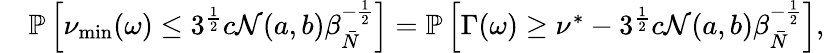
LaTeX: \begin{array}{rl}&{\mathbb{P}\left[\nu_{\operatorname*{min}}(\omega)\leq 3^{\frac{1}{2}}c\mathcal{N}(a,b)\beta_{\bar{N}}^{-\frac{1}{2}}\right]=\mathbb{P}\left[\Gamma(\omega)\geq\nu^{*}-3^{\frac{1}{2}}c\mathcal{N}(a,b)\beta_{\bar{N}}^{-\frac{1}{2}}\right],}\end{array}